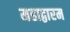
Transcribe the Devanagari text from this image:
महाद्वारम